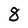
Character: 8